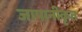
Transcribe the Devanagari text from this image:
जापानीकृत